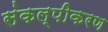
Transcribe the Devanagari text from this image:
संकल्पीकरण